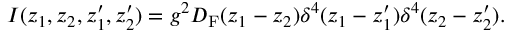
I ( z _ { 1 } , z _ { 2 } , z _ { 1 } ^ { \prime } , z _ { 2 } ^ { \prime } ) = g ^ { 2 } D _ { \mathrm { F } } ( z _ { 1 } - z _ { 2 } ) \delta ^ { 4 } ( z _ { 1 } - z _ { 1 } ^ { \prime } ) \delta ^ { 4 } ( z _ { 2 } - z _ { 2 } ^ { \prime } ) .